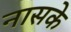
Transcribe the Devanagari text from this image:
नासके